Scientific memoirs by medical officers of the Army of India - Part XII,
Year: 1901
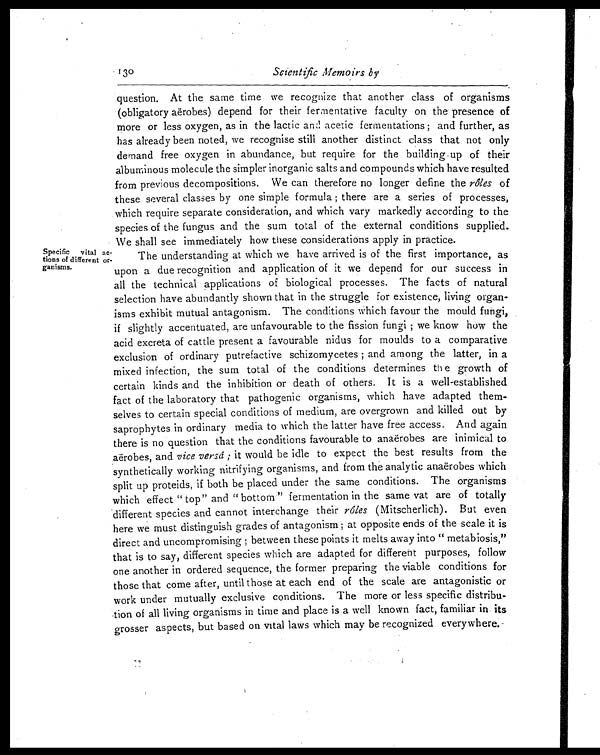
Specific vital ac
- t i o n s o f d i f f e r e n t o r -
ganisms.
Scientific Memoirs by
question. At the same time we recognize that another class of organisms
(obligatory aërobes) depend for their fermentative faculty on the presence of
more or less oxygen, as in the lactic and acetic fermentations ; and further, as
has already been noted, we recognise still another distinct class that not only
demand free oxygen in abundance, but require for the building up of their
albuminous molecule the simpler inorganic salts and compounds which have resulted
from previous decompositions. We can therefore no longer define the rôles of
these several classes by one simple formula ; there are a series of processes,
which require separate consideration, and which vary markedly according to the
species of the fungus and the sum total of the external conditions supplied.
We shall see immediately how these considerations apply in practice.
The understanding at which we have arrived is of the first importance, as
upon a due recognition and application of it we depend for our success in
all the technical applications of biological processes. The facts of natural
selection have abundantly shown that in the struggle for existence, living organ-
isms exhibit mutual antagonism. The conditions which favour the mould fungi,
if slightly accentuated, are unfavourable to the fission fungi ; we know how the
acid excreta of cattle present a favourable nidus for moulds to a comparative
exclusion of ordinary putrefactive schizomycetes ; and among the latter, in a
mixed infection, the sum total of the conditions determines the growth of
certain kinds and the inhibition or death of others. It is a well-established
fact of the laboratory that pathogenic organisms, which have adapted them
-selves to certain special conditions of medium, are overgrown and killed out by
saprophytes in ordinary media to which the latter have free access. And again
there is no question that the conditions favourable to anaërobes are inimical to
aërobes, and vice versâ ; it would be idle to expect the best results from the
synthetically working nitrifying organisms, and from the analytic anaërobes which
split up proteids, if both be placed under the same conditions. The organisms
which effect "top" and "bottom" fermentation in the same vat are of totally
different species and cannot interchange their rôles (Mitscherlich). But even
here we must distinguish grades of antagonism ; at opposite ends of the scale it is
direct and uncompromising ; between these points it melts away into "metabiosis,"
that is to say, different species which are adapted for different purposes, follow
one another in ordered sequence, the former preparing the viable conditions for
those that come after, until those at each end of the scale are antagonistic or
work under mutually exclusive conditions. The more or less specific distribu
-tion of all living organisms in time and place is a well known fact, familiar in its
grosser aspects, but based on vital laws which may be recognized everywhere.
130